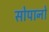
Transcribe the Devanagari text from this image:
सोपानो